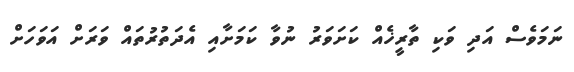
ނަމަވެސް އަދި ވަކި ތާރީޚެއް ކަށަވަރު ނުވާ ކަމަށާއި އެދަތުރުތައް ވަރަށް އަވަހަށް